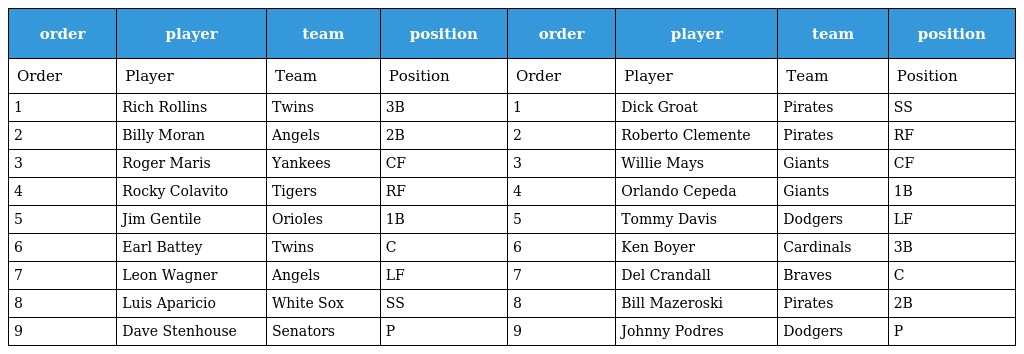
| order | player | team | position | order | player | team | position |
 | --- | --- | --- | --- | --- | --- | --- | --- |
 | Order | Player | Team | Position | Order | Player | Team | Position |
 | 1 | Rich Rollins | Twins | 3B | 1 | Dick Groat | Pirates | SS |
 | 2 | Billy Moran | Angels | 2B | 2 | Roberto Clemente | Pirates | RF |
 | 3 | Roger Maris | Yankees | CF | 3 | Willie Mays | Giants | CF |
 | 4 | Rocky Colavito | Tigers | RF | 4 | Orlando Cepeda | Giants | 1B |
 | 5 | Jim Gentile | Orioles | 1B | 5 | Tommy Davis | Dodgers | LF |
 | 6 | Earl Battey | Twins | C | 6 | Ken Boyer | Cardinals | 3B |
 | 7 | Leon Wagner | Angels | LF | 7 | Del Crandall | Braves | C |
 | 8 | Luis Aparicio | White Sox | SS | 8 | Bill Mazeroski | Pirates | 2B |
 | 9 | Dave Stenhouse | Senators | P | 9 | Johnny Podres | Dodgers | P |